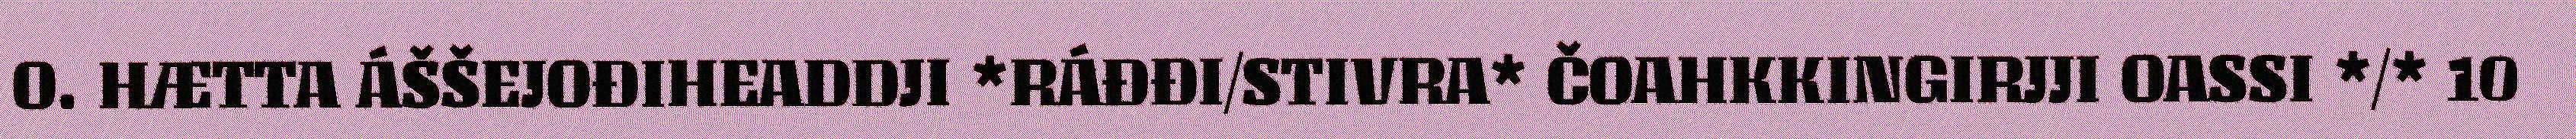
O. HÆTTA ÁŠŠEJOĐIHEADDJI *RÁĐĐI/STIVRA* ČOAHKKINGIRJJI OASSI */* 10